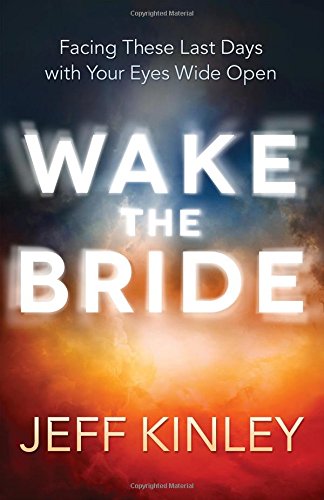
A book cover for Wake the Bride: Facing These Last Days with Your Eyes Wide Open; Jeff Kinley; Christian Books & Bibles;